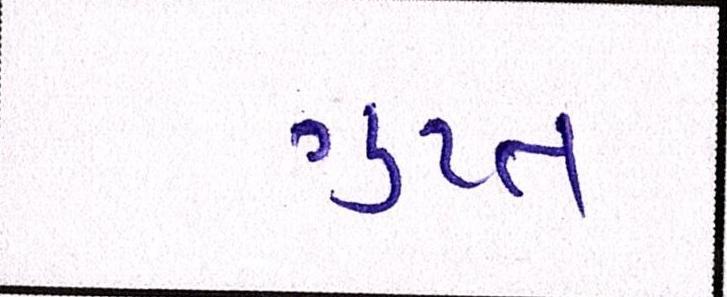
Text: ગુપ્ત